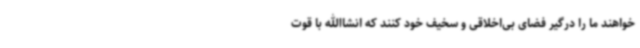
خواهند ما را درگیر فضای بی‌اخلاقی و سخیف خود کنند که انشاالله با قوت